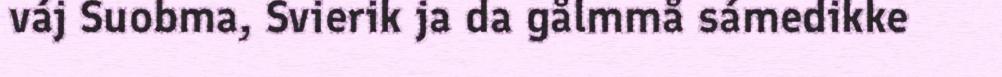
váj Suobma, Svierik ja da gålmmå sámedikke